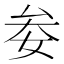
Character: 𡜀